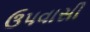
ઉપવાસી